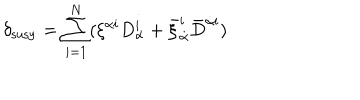
\delta _ { \mathrm { s u s y } } = \sum _ { i = 1 } ^ { N } ( \xi ^ { \alpha i } D _ { \alpha } ^ { i } + \bar { \xi } _ { \dot { \alpha } } ^ { i } \bar { D } ^ { { \dot { \alpha } } i } )